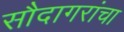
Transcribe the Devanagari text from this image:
सौदागरांचा